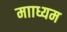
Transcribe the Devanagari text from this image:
मााध्यम